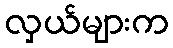
လှယ်များက